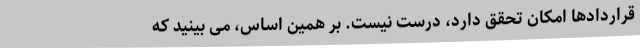
قراردادها امکان تحقق دارد، درست نیست. بر همین اساس، می ‌بینید که